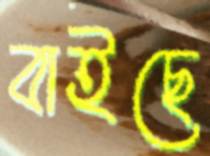
বাইছে